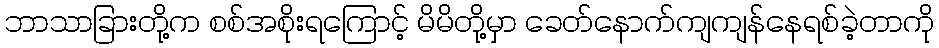
ဘာသာခြားတို့က စစ်အစိုးရကြောင့် မိမိတို့မှာ ခေတ်နောက်ကျကျန်နေရစ်ခဲ့တာကို